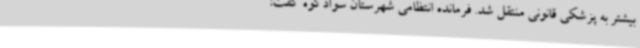
بیشتر به پزشکی قانونی منتقل شد. فرمانده انتظامی شهرستان سوادکوه گفت: